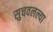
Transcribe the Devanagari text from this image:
सुचवलल्या